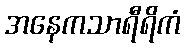
အနေကသာရီရိကံ